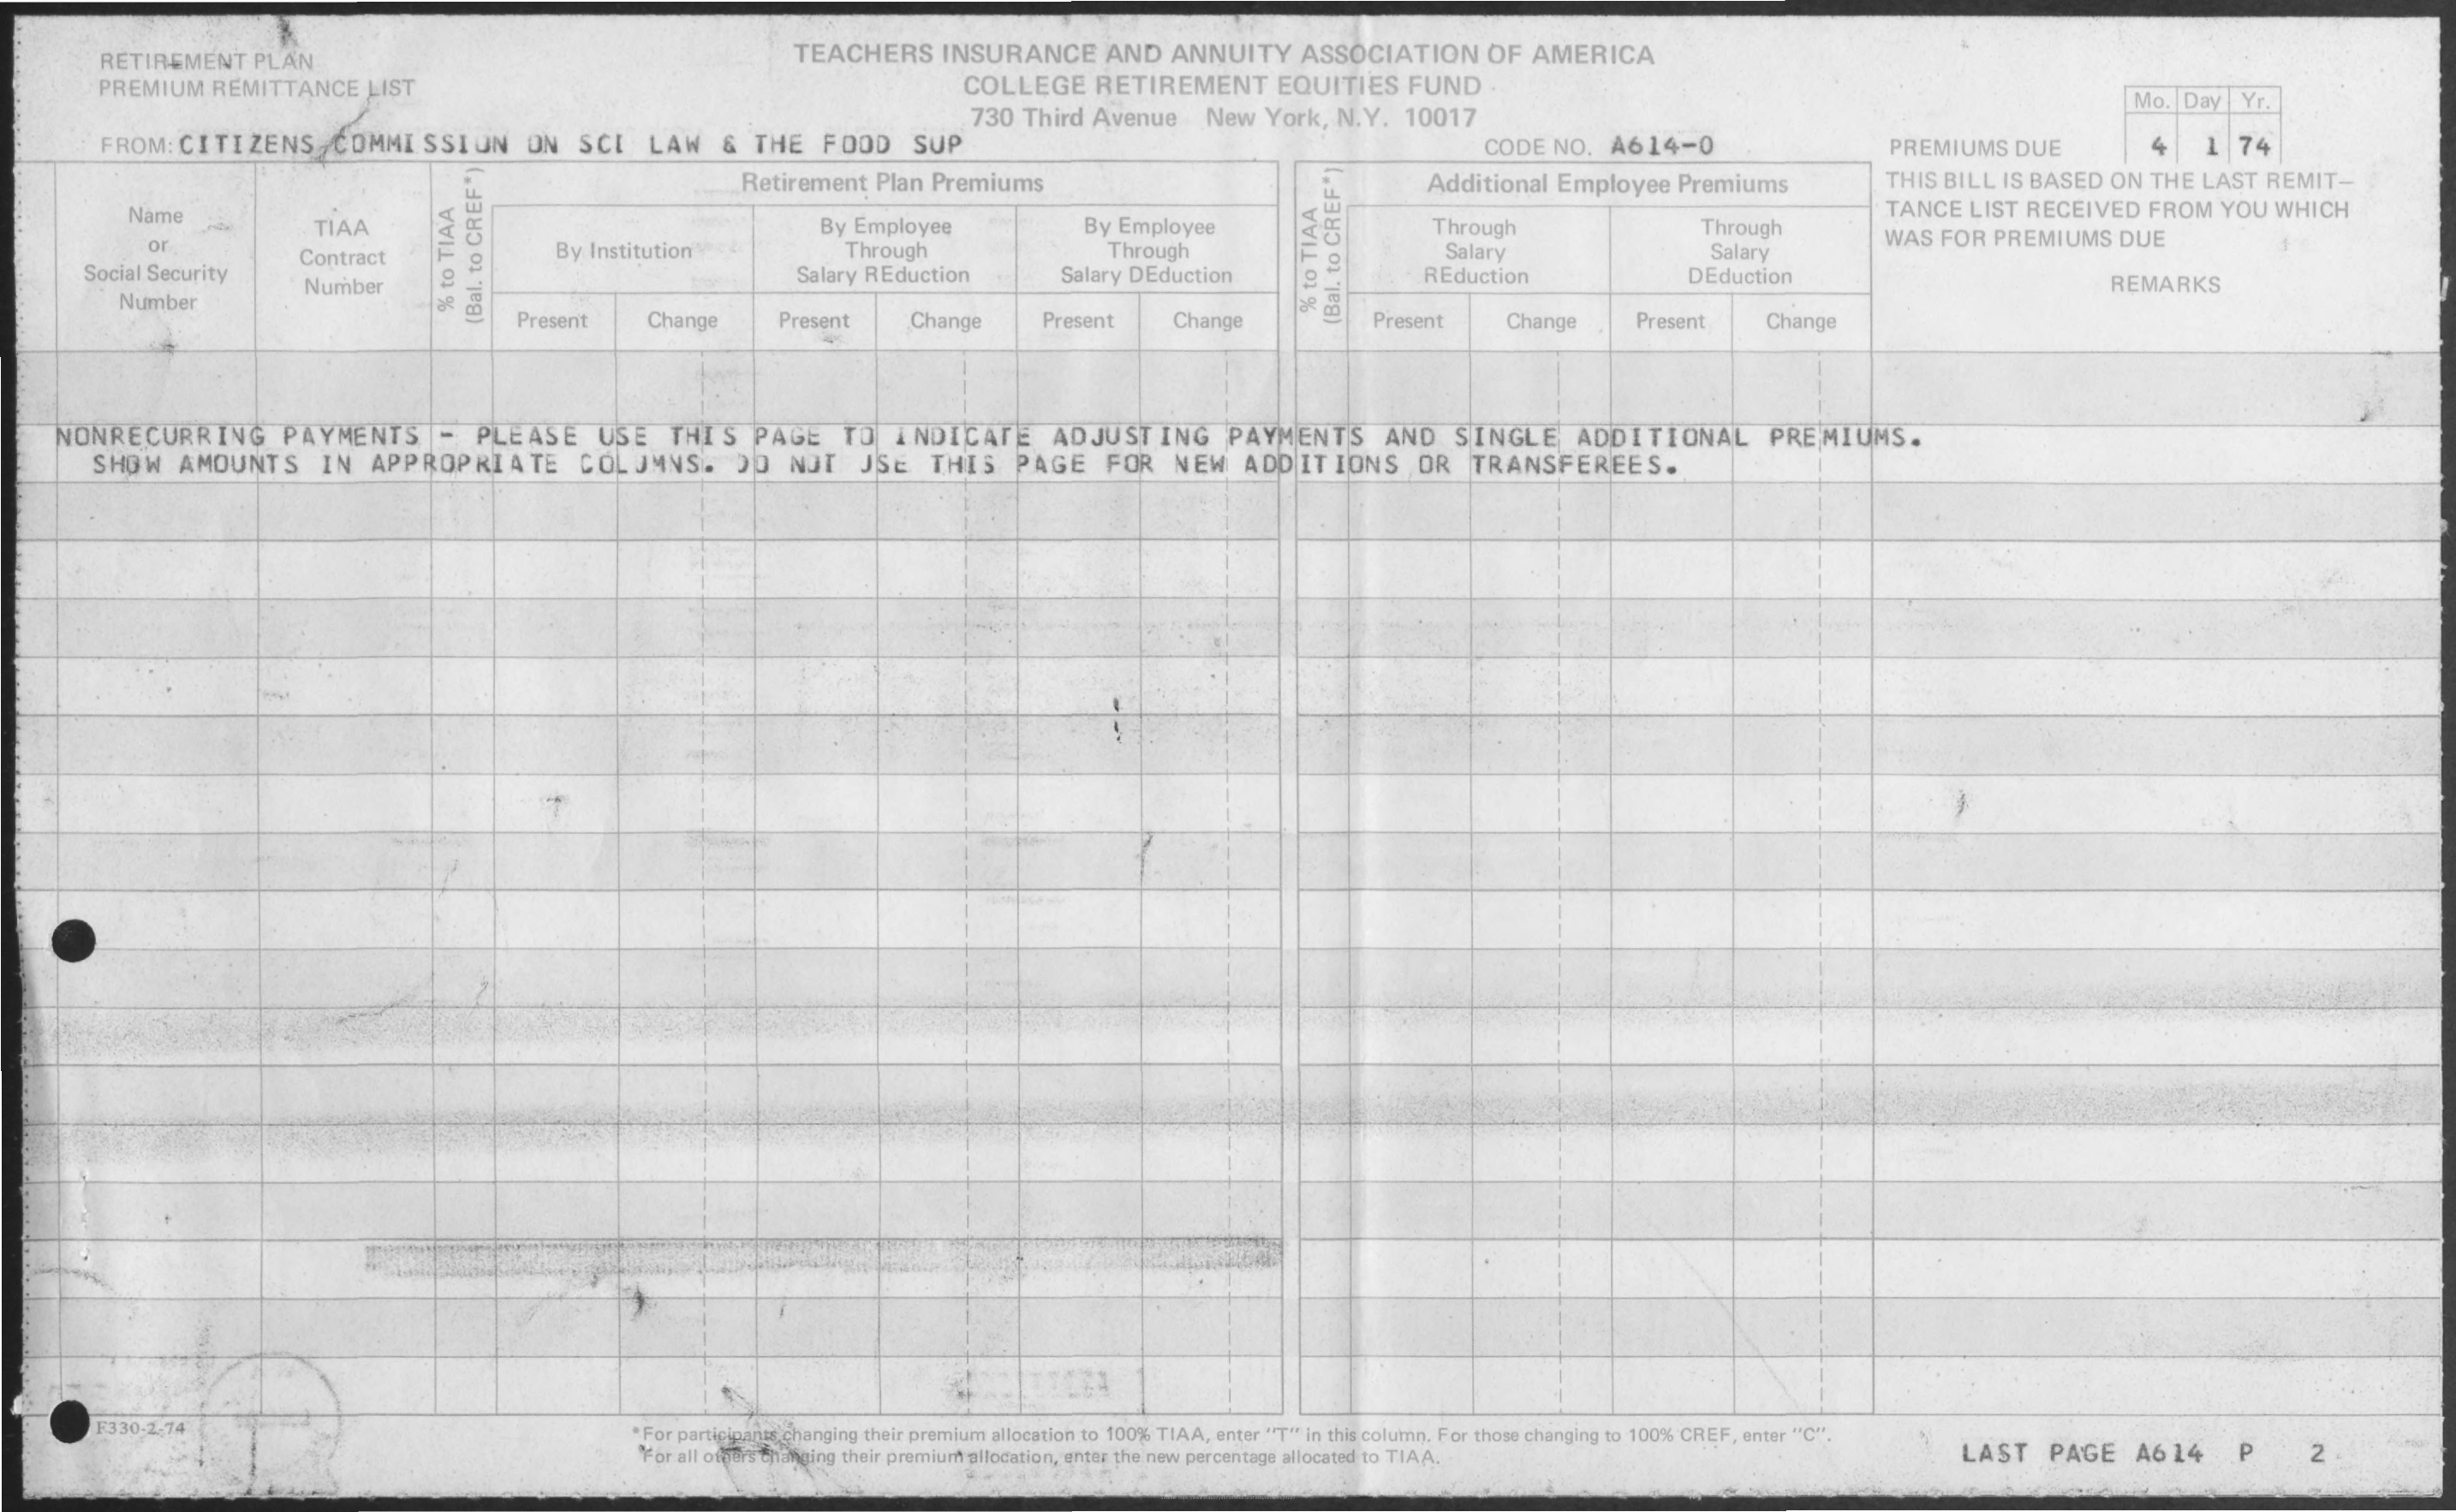
RETIREMENT PLAN    TEACHERS  INSURANCE   AND ANNUITY  ASSOCIATION   OF AMERICA
     PREMIUM REMITTANCE LIST    COLLEGE  RETIREMENT   EQUITIES FUND
     730 Third Avenue New York, N.Y. 10017
     Mo. Day Yr.
     FROM: CITIZENS   COMMISSION   ON  SCI  LAW  &  THE FOOD   SUP    CODE NO. A614-0    PREMIUMS DUE    4   1 74
     Retirement Plan Premiums    Additional Employee Premiums    THIS BILL IS BASED ON THE LAST REMIT-
     Name
     TIAA    By Employee    By Employee    Through    Through
     TANCE LIST RECEIVED FROM YOU WHICH
     By Institution V 4  Through    Through    Salary    Salary
     WAS FOR PREMIUMS DUE
     or
     Social Security
     Contract
     REduction Number
     Salary REduction   Salary DEduction    DEduction    REMARKS
     Number
     Present  Change    Present  Change   Present   Change    Present  Change   Present   Change
     %
     to
     TIAA
     %
     to
     TIAA
     (Bal.
     to
     CREF*)
     (Bal.
     to
     CREF*)
    NONRECURRING    PAYMENTS   -  PLEASE  USE   THIS PAGE   TO  INDICATE   ADJUSTING   PAYMENTS   AND  SINGLE   ADDITIONAL   PREMIUMS.
     SHOW  AMOUNTS   IN APPROPRIATE    COLUMNS.   DO  NOT  JSE  THIS  PAGE  FOR  NEW  ADDITIONS    OR  TRANSFEREES.
     F330-2.74    " For participants changing their premium allocation to 100% TIAA, enter "T" in this column. For those changing to 100% CREF, enter "C".
     For all ofgers thanging their premium allocation, enter the new percentage allocated to TIAA. LAST PAGE  A614    P    2
     Source: https://www.industrydocuments.ucsf.edu/docs/xrcy0227